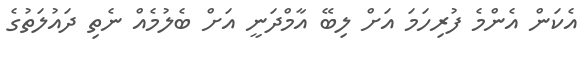
އެކަން އެންމެ ފުރިހަމަ އަށް ލިބޭ އާމްދަނީ އަށް ބެލުމެއް ނެތި ދައުލަތުގެ